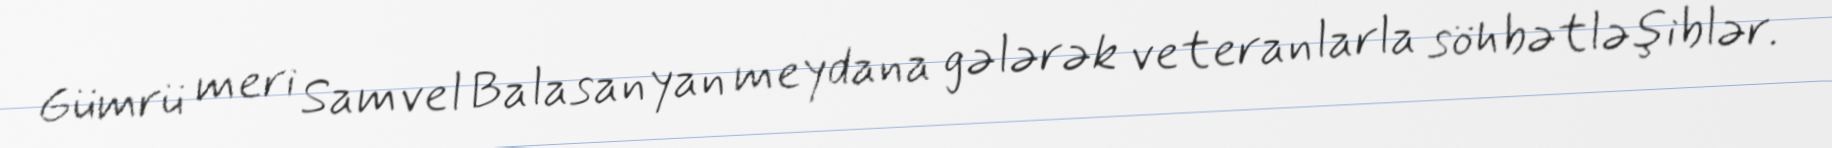
Gümrü meri Samvel Balasanyan meydana gələrək veteranlarla söhbətləşiblər.